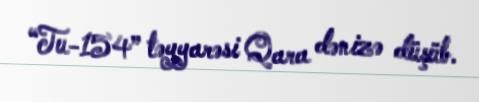
“Tu-154” təyyarəsi Qara dənizə düşüb.